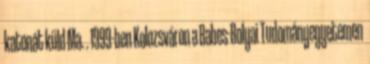
katonát küld Ma. . 1999-ben Kolozsváron a Babes-Bolyai Tudományegyetemen